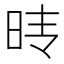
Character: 𰕺